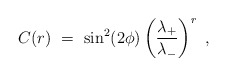
\begin{align*}C(r)\ =\ \sin^{2}(2\phi)\left(\frac{\lambda_{+}}{\lambda_{-}} \right)^{r}\ ,\end{align*}